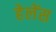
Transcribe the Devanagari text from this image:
हेलेंस